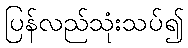
ပြန်လည်သုံးသပ်၍